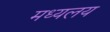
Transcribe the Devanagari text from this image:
मध्‍यलय